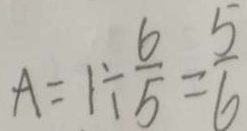
A = 1 \div \frac { 6 } { 5 } = \frac { 5 } { 6 }